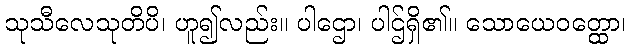
သုသီလေသုတိပိ၊ ဟူ၍လည်း။ ပါဌော၊ ပါဌ်ရှိ၏။ သောယေဝတ္ထော၊